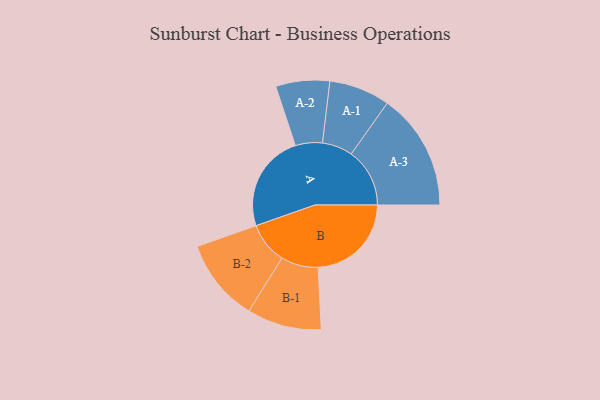
{"axis": {"x": "Segment", "y": "Value"}, "legend": ["", "A", "B"], "data": [{"x": "A", "y": 463, "type": ""}, {"x": "B", "y": 443, "type": ""}, {"x": "A-1", "y": 145, "type": "A"}, {"x": "A-2", "y": 128, "type": "A"}, {"x": "A-3", "y": 278, "type": "A"}, {"x": "B-1", "y": 177, "type": "B"}, {"x": "B-2", "y": 197, "type": "B"}]}